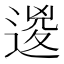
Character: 𨔩